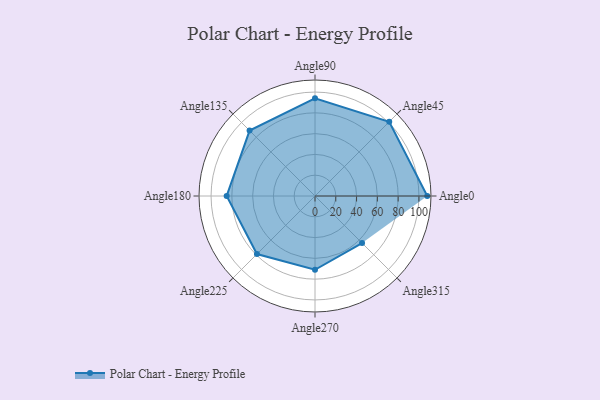
{"axis": {"x": "Angle", "y": "Radius"}, "legend": [""], "data": [{"x": "Angle0", "y": 108.0, "type": ""}, {"x": "Angle45", "y": 101.0, "type": ""}, {"x": "Angle90", "y": 94.0, "type": ""}, {"x": "Angle135", "y": 89.0, "type": ""}, {"x": "Angle180", "y": 85.0, "type": ""}, {"x": "Angle225", "y": 79.0, "type": ""}, {"x": "Angle270", "y": 71.0, "type": ""}, {"x": "Angle315", "y": 64.0, "type": ""}]}